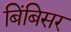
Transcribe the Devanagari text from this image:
बिंबिसर